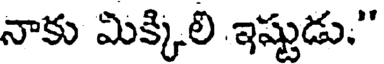
నాకు మిక్కిలి ఇష్టుడు."